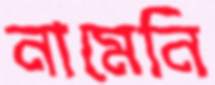
নামেনি